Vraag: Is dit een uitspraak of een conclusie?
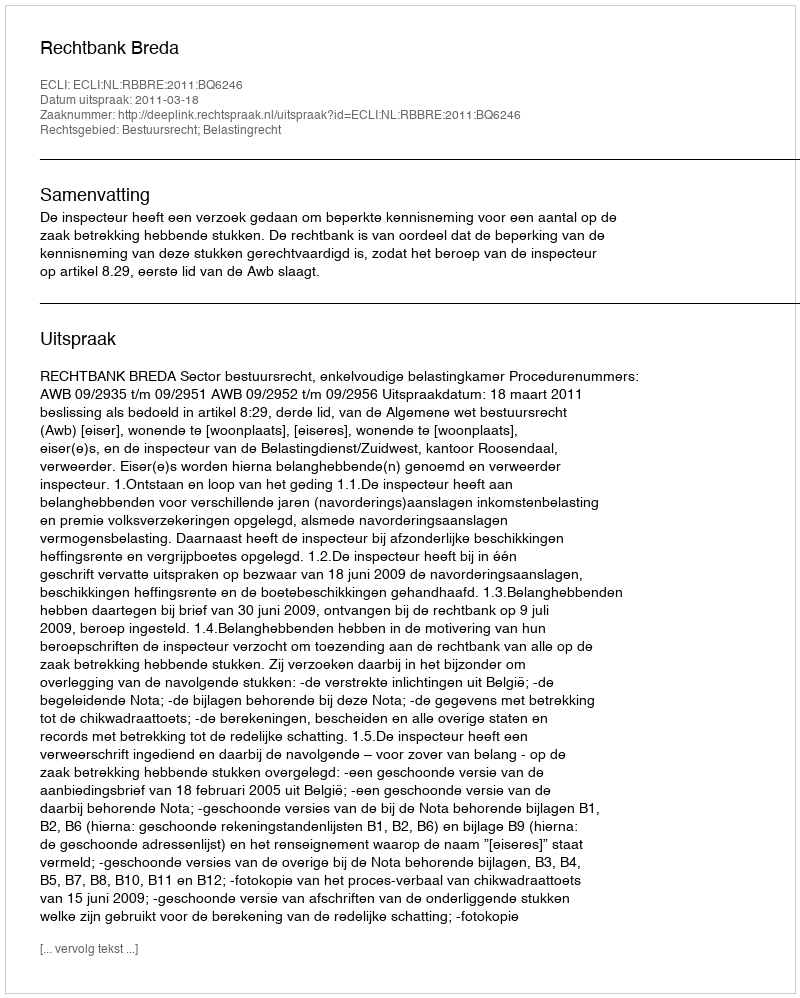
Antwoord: Uitspraak